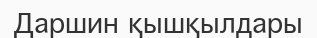
Даршин қышқылдары